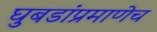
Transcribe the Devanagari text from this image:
घुबडांप्रमाणेच